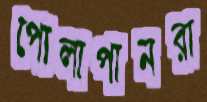
পোলাপানরা